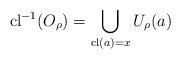
LaTeX: \begin{align*}\mathrm{cl}^{-1}(O_\rho)=\bigcup_{\mathrm{cl}(a)=x}U_\rho(a)\end{align*}